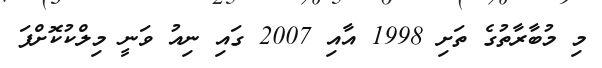
މި މުބާރާތުގެ ތަށި 1998 އާއި 2007 ގައި ނިއު ވަނީ މިލްކުކޮށްފަ